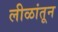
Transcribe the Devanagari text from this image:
लीळांतून